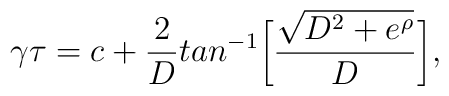
\gamma \tau = c + {2\over D} tan^{-1} \biggl[ {\sqrt{D^2 + e^\rho}\over D} \biggr],